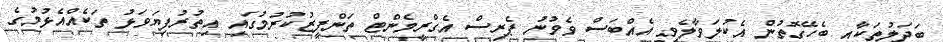
ބަދަލުތަކާއި ބެހޭގޮތުން އެކުލަވާލެވި އެއްބަސް ވެވުނު ޕެރިސް އެގްރީމެންޓް ތަންފީޒުކުރުމުގައި އިތުރުފިޔަވަޅު ތަކެއްއެޅުމުގެ